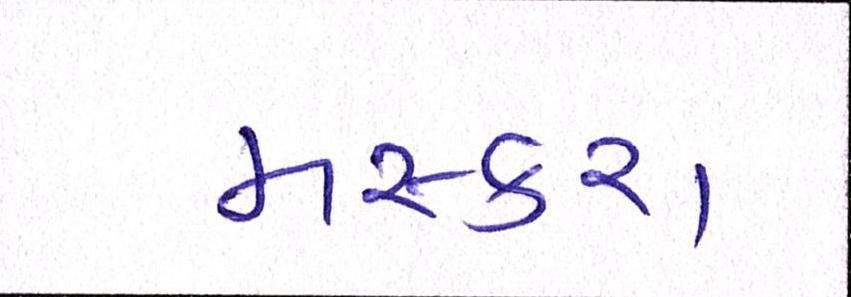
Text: મસ્કરા